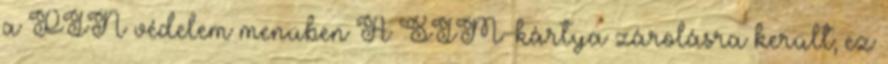
a PIN védelem menüben A SIM-kártya zárolásra került; ez